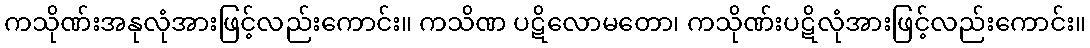
ကသိုဏ်းအနုလုံအားဖြင့်လည်းကောင်း။ ကသိဏ ပဋိလောမတော၊ ကသိုဏ်းပဋိလုံအားဖြင့်လည်းကောင်း။